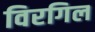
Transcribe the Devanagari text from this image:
विरगिल